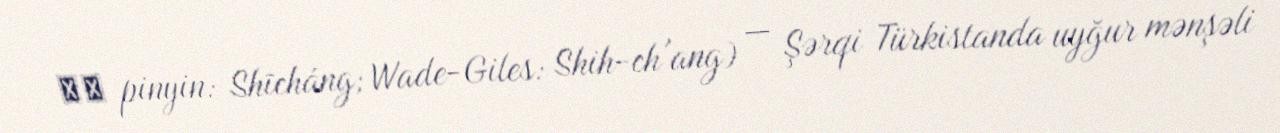
师长 pinyin: Shīcháng; Wade-Giles: Shih-ch'ang) — Şərqi Türkistanda uyğur mənşəli